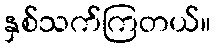
နှစ်သက်ကြတယ်။